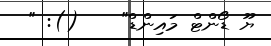
ޔޫ ޑޯންޓް މައިންޑް"    (): "